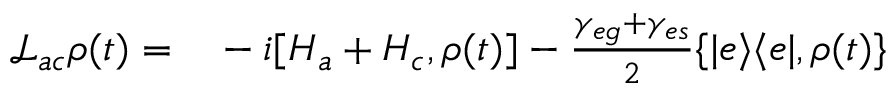
\begin{array} { r l } { \mathcal { L } _ { a c } \rho ( t ) = } & { { } - i [ H _ { a } + H _ { c } , \rho ( t ) ] - \frac { \gamma _ { e g } + \gamma _ { e s } } { 2 } \{ | e \rangle \langle e | , \rho ( t ) \} } \end{array}